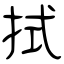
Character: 拭